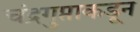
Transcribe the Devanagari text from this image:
चंद्रगुप्ताकडून